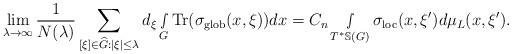
LaTeX: \begin{align*} \lim_{\lambda\rightarrow\infty}\frac{1}{N(\lambda)}\sum_{ [\xi]\in \widehat{G}:|\xi|\leq \lambda }d_\xi\smallint\limits_G\textnormal{Tr}(\sigma_{\textnormal{glob}}(x,\xi))dx=C_n \smallint\limits_{T^*\mathbb{S}(G)}\sigma_{\textnormal{loc}}(x,\xi')d\mu_L(x,\xi').\end{align*}